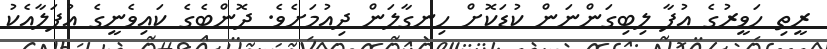
ރީތި ހަވީރުގެ އުފާ ލިބިގަންނަން ކުޑަކޮށް ހިނގާލަން ދިއުމަށެވެ. ދޮންބެގެ ކައިވެނީގެ އުފަލާއެކު